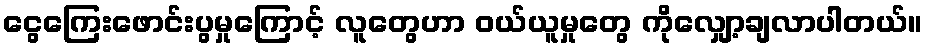
ငွေကြေးဖောင်းပွမှုကြောင့် လူတွေဟာ ဝယ်ယူမှုတွေ ကိုလျှော့ချလာပါတယ်။